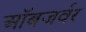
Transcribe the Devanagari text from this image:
ऑबजर्वर